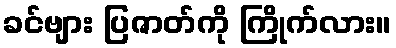
ခင်ဗျား ပြဇာတ်ကို ကြိုက်လား။